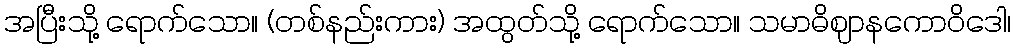
အပြီးသို့ ရောက်သော။ (တစ်နည်းကား) အထွတ်သို့ ရောက်သော။ သမာဓိဈာနကောဝိဒေါ၊